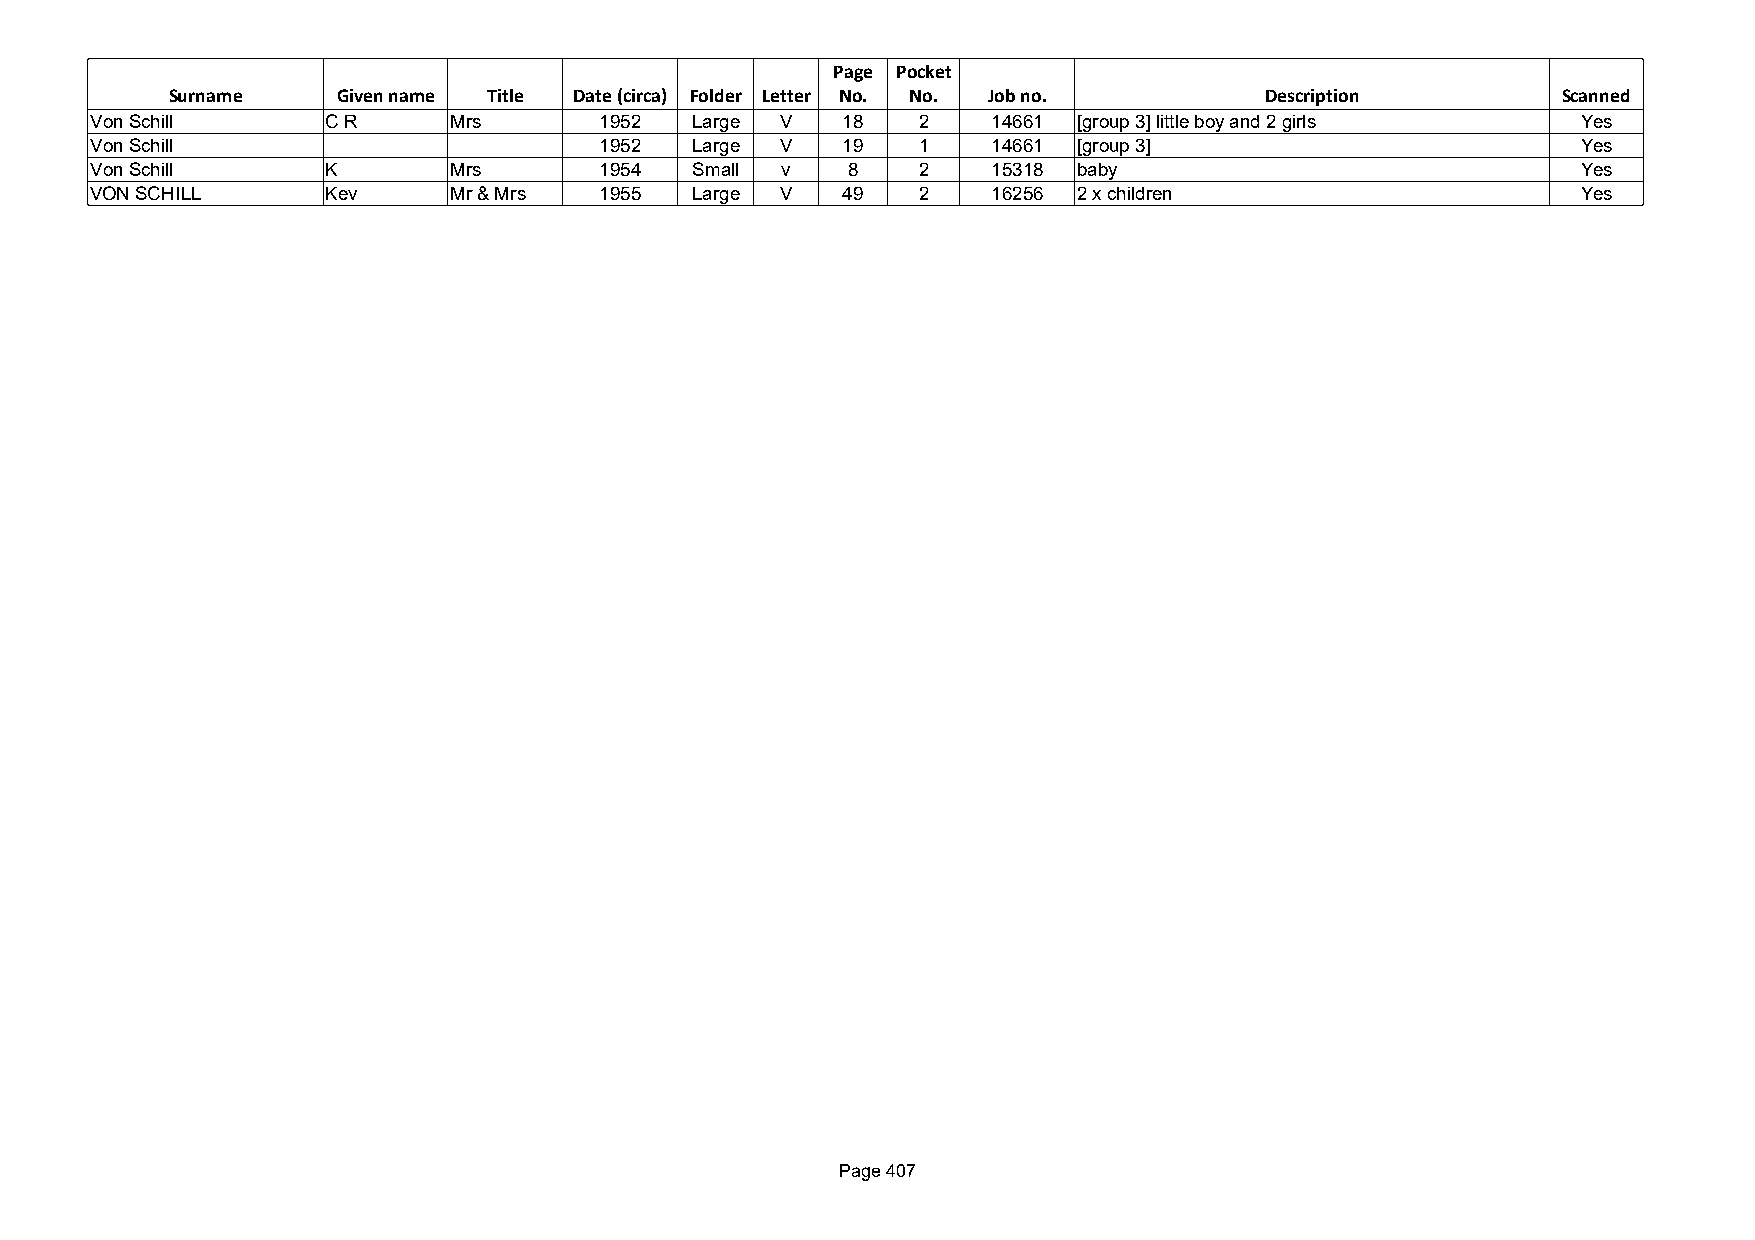
Page Pocket
 Surname    Given name Title Date (circa) Folder Letter No. No. Job no.   Description        Scanned
 Von Schill      C R     Mrs       1952  Large V   18   2    14661 [group 3] little boy and 2 girls Yes
 Von Schill                        1952  Large V   19   1    14661 [group 3]                        Yes
 Von Schill      K       Mrs       1954  Small v   8    2    15318 baby                             Yes
 VON SCHILL      Kev     Mr & Mrs  1955  Large V   49   2    16256 2 x children                     Yes
 Page 407